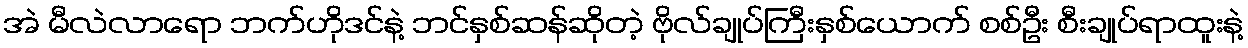
အဲ မီလဲလာရော ဘက်ဟိုဒင်နဲ့ ဘင်နှစ်ဆန်ဆိုတဲ့ ဗိုလ်ချုပ်ကြီးနှစ်ယောက် စစ်ဦး စီးချုပ်ရာထူးနဲ့